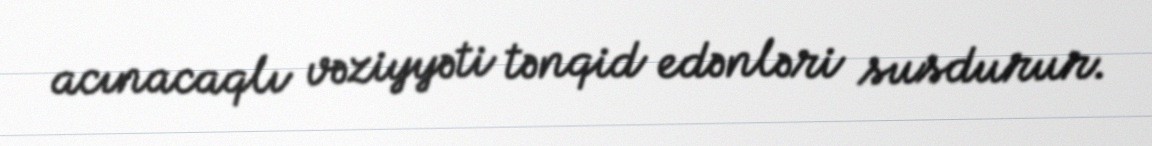
acınacaqlı vəziyyəti tənqid edənləri susdurur.